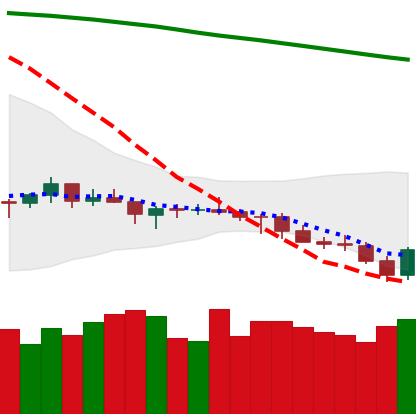
Ticker: LTC-USD
Chart end date: 2021-07-21
Forward return: 11.836%
Label: up_7plus